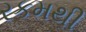
રકમથી